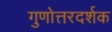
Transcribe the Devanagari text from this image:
गुणोत्तरदर्शक